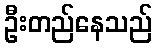
ဦးတည်နေသည်